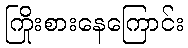
ကြိုးစားနေကြောင်း